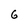
Character: 6